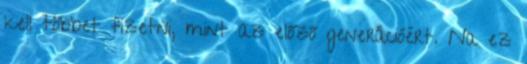
kell többet fizetni, mint az előző generációért. Na ez